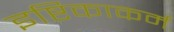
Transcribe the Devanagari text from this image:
इष्टिकाकर्म